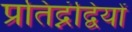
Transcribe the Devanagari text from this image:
प्रतिद्नंद्वियों